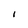
Character: 1